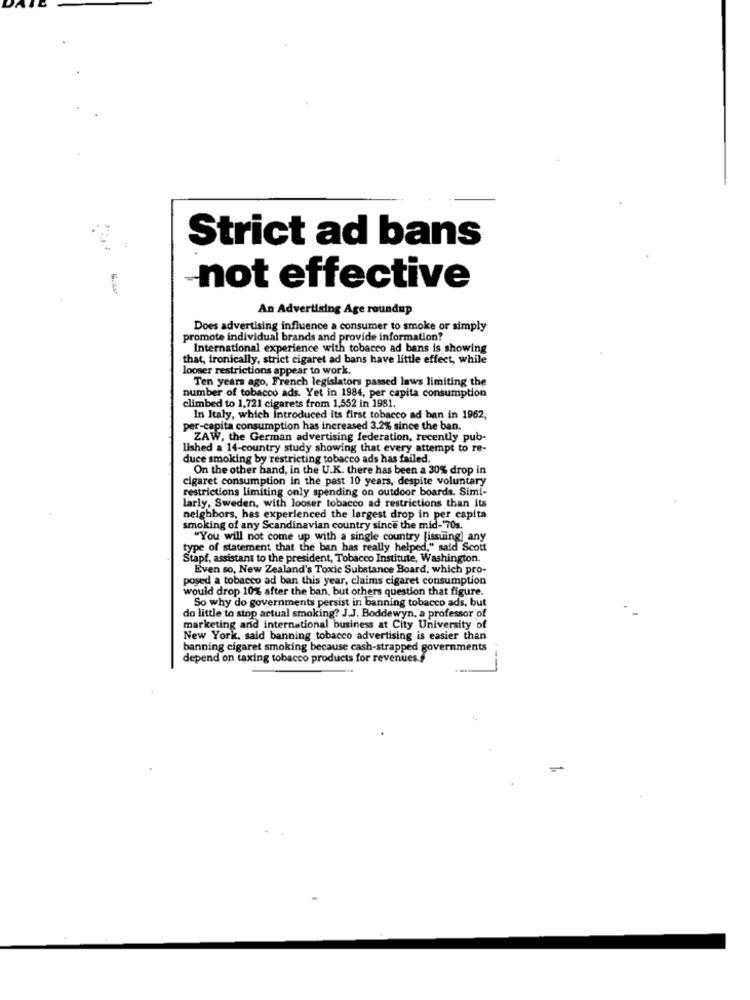
Strict ad bans
not effective
An Advertising Age roundup
Does advertising influence a consumer to smoke or simply
promote individual brands and provide information?
International experience with tobacco ad bans is showing
that, ironically, strict cigaret ad bans have little effect, while
looser restrictions appear to work.
Ten years ago, French legislators passed laws limiting the
number of tobacco ads. Yet in 1984, per capita consumption
climbed to 1,721 cigarets from 1,552 in 1981.
In Italy, which Introduced its first tobacco ad ban in 1962,
per-capita consumption has increased 3.2% since the ban.
ZAW, the German advertising federation, recently pub-
lished a 14-country study showing that every attempt to re-
duce smoking by restricting tobacco ads has failed.
On the other hand, in the U.K. there has been a 30% drop in
cigaret consumption in the past 10 years, despite voluntary
restrictions limiting only spending on outdoor boards. Simi-
larly, Sweden, with looser tobacco ad restrictions than its
neighbors, hes experienced the largest drop in per capita
smoking of any Scandinavian country since the mid-'70s.
"You will not come up with a single country [issuing] any
type of statement that the ban has really helped," said Scott
Stapf, assistant to the president, Tobacco Institute, Washington.
Even so, New Zealand's Toxic Substance Board, which pro-
posed a tobacco ad ban this year, claims cigaret consumption
would drop 10% after the ban, but others question that figure.
So why do governments persist in banning tobacco ads, but
do little to stop actual smoking? J.J. Boddewyn, a professor of
marketing and international business at City University of
New York. said banning tobacco advertising is easier than
banning cigaret smoking because cash-strapped governments
depend on taxing tobacco products for revenues.s